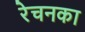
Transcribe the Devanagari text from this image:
रेचनका